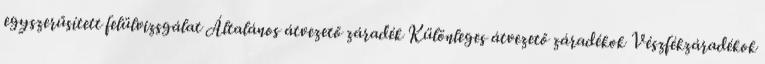
egyszerűsített felülvizsgálat Általános átvezető záradék Különleges átvezető záradékok Vészfékzáradékok